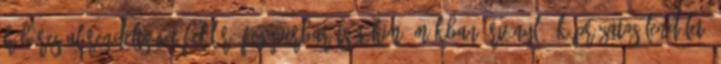
hűbéres alárendeltséget felülíró fegyverbarátság him- mákban örvénylő, káprázatos lendületű